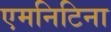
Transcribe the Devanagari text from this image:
एमनिटिना